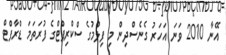
އޭނާ 2010 ވަނަ އަހަރު ގެނެސްދިން މި ފިލްމުގެ ސްކްރިޕްޓްގެ ފުރަތަމަ ޑްރާފްޓް